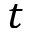
t